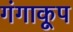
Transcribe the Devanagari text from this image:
गंगाकूप